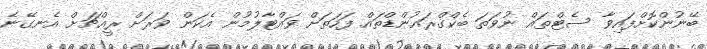
ބޭނުންކޮށްފައިވާ ސެޓްތައް ނުވަތަ ބެކްގްރައުންޑްތައް ފަހަތަށް ވައްޓާލުމުން އެކަން ވަރަށް ރީއްޗަށް އެނގޭނެ